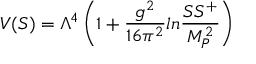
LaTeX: V ( S ) = \Lambda ^ { 4 } \left( 1 + { \frac { g ^ { 2 } } { 1 6 \pi ^ { 2 } } } l n { \frac { S S ^ { + } } { M _ { P } ^ { 2 } } } \right)